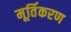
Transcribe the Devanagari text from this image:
मूर्तिकरण